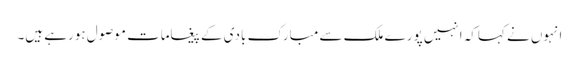
انہوں نے کہاکہ انہیں پورے ملک سے مبارک بادی کے پیغامات موصول ہورہے ہیں۔